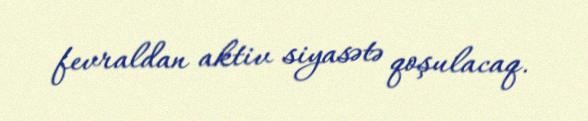
fevraldan aktiv siyasətə qoşulacaq.